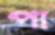
পা